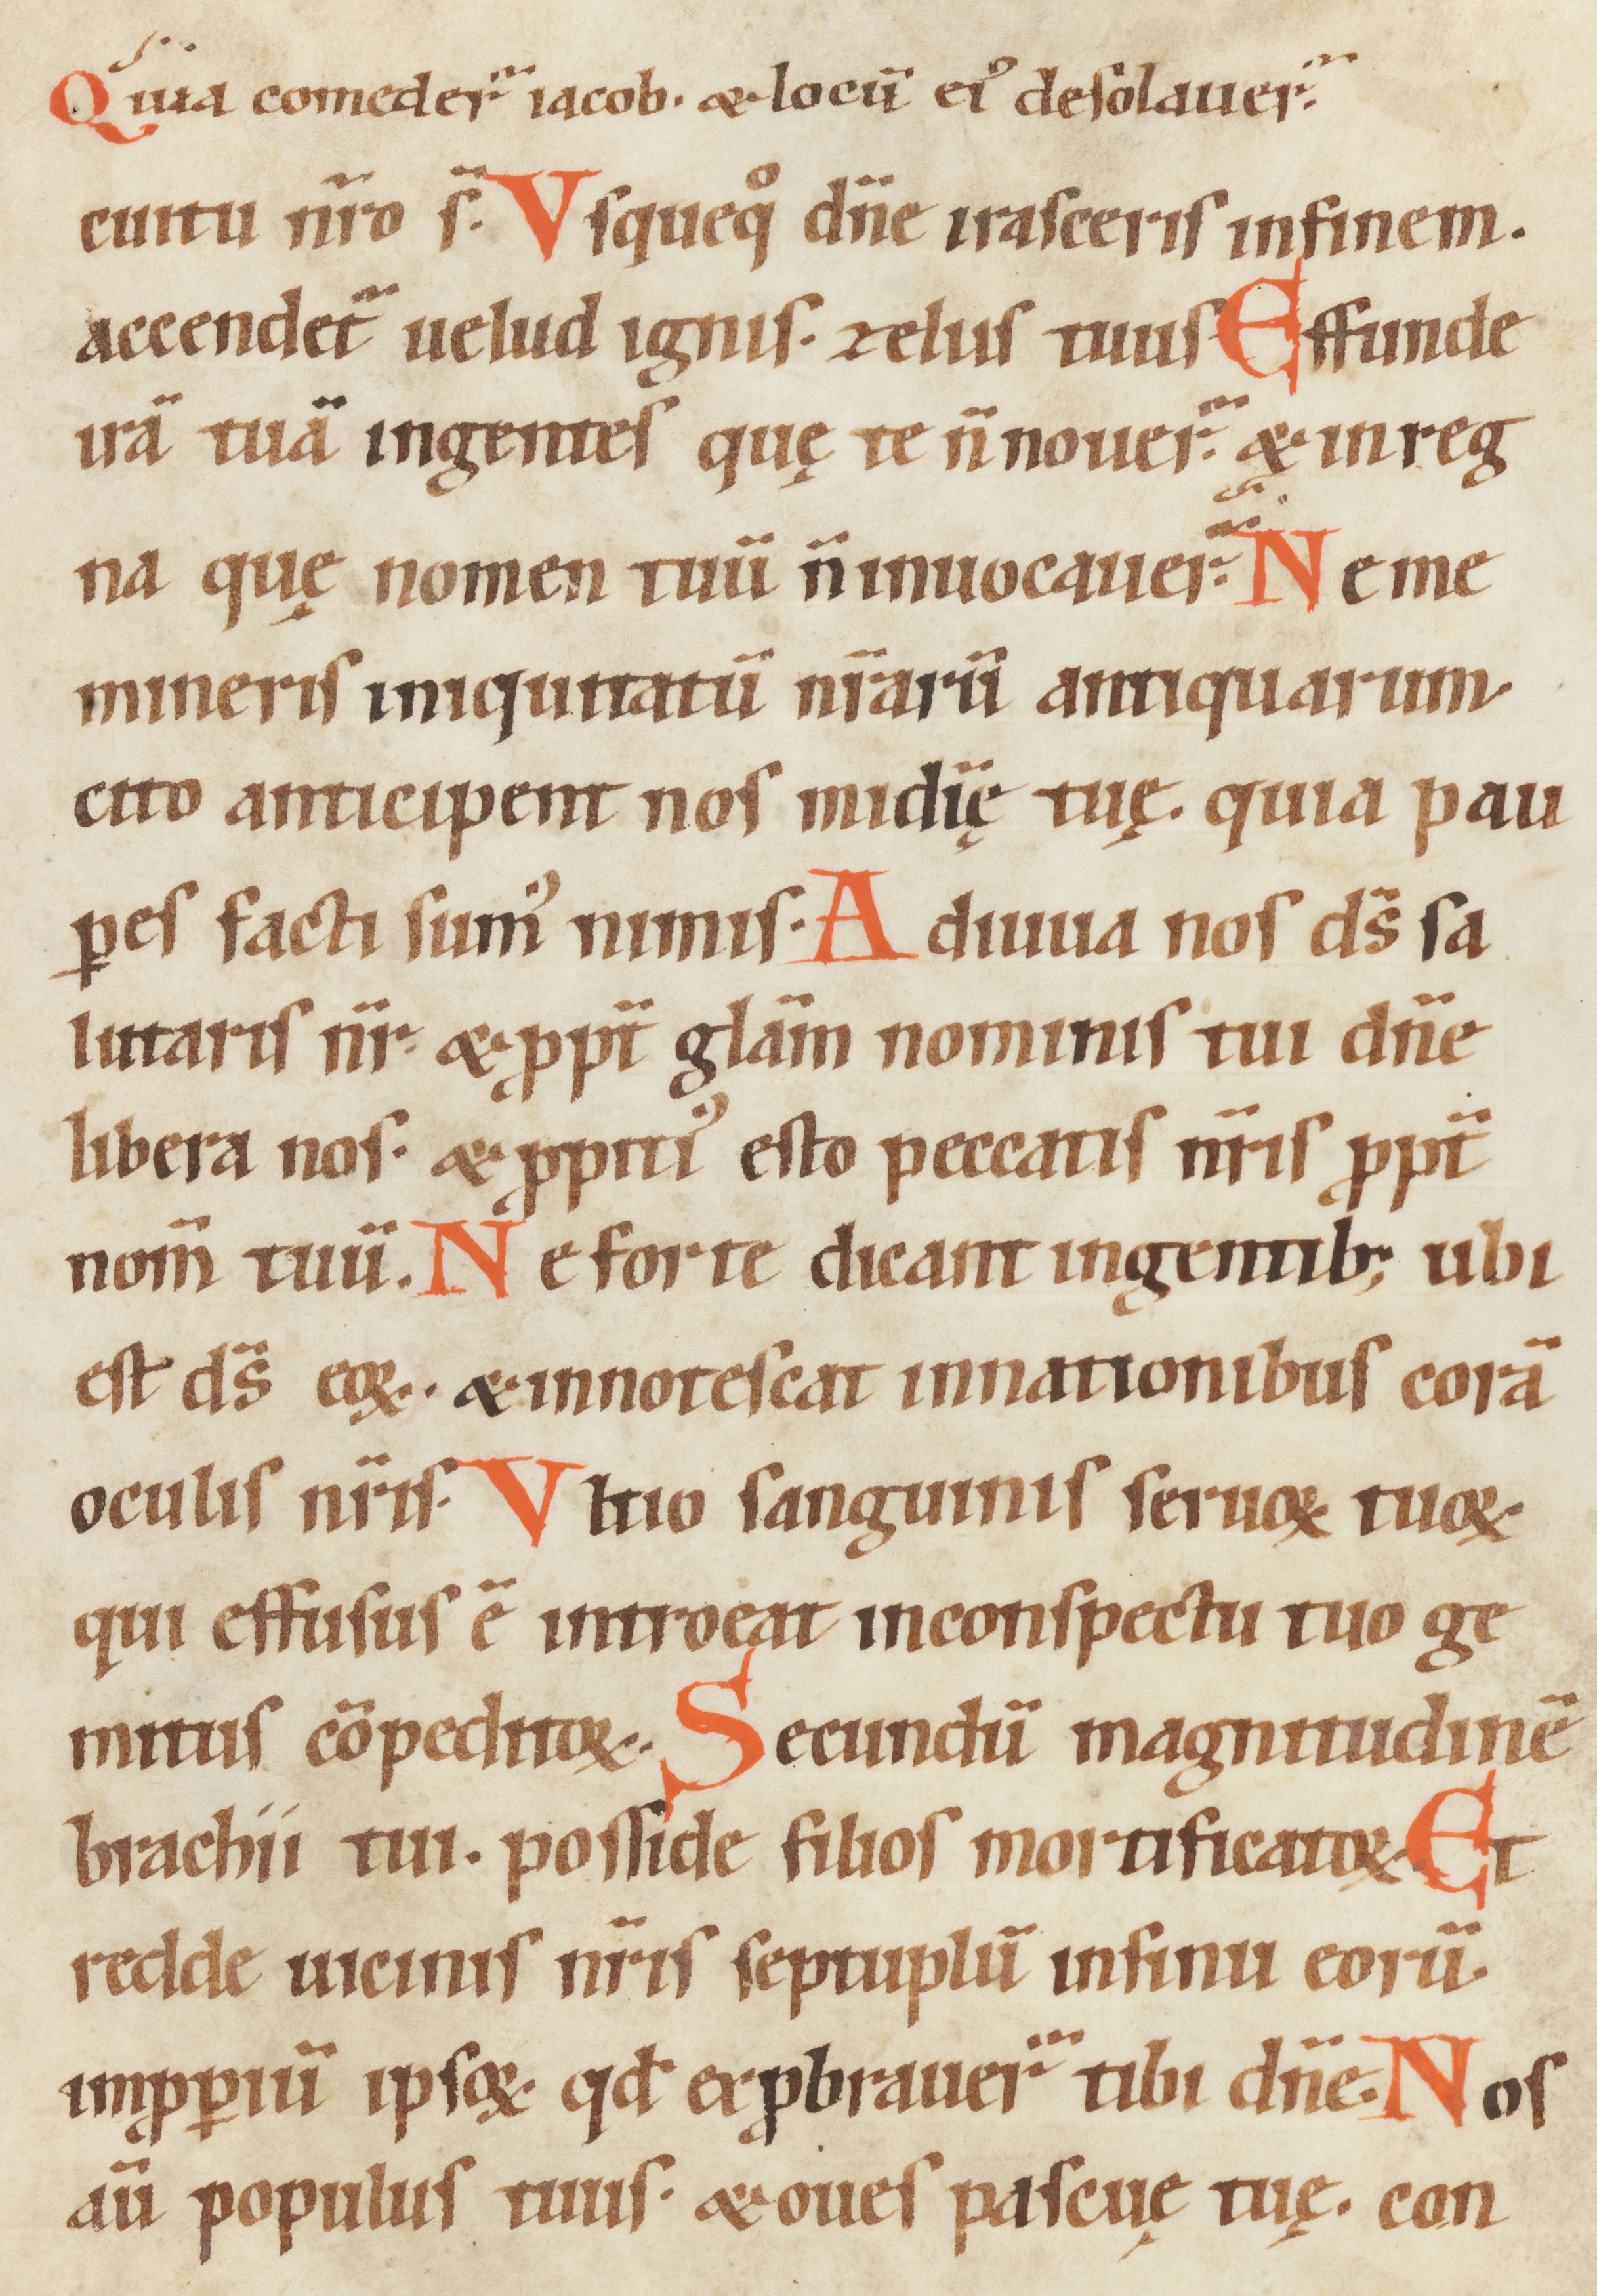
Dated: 1100–1199